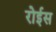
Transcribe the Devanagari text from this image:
रोईस